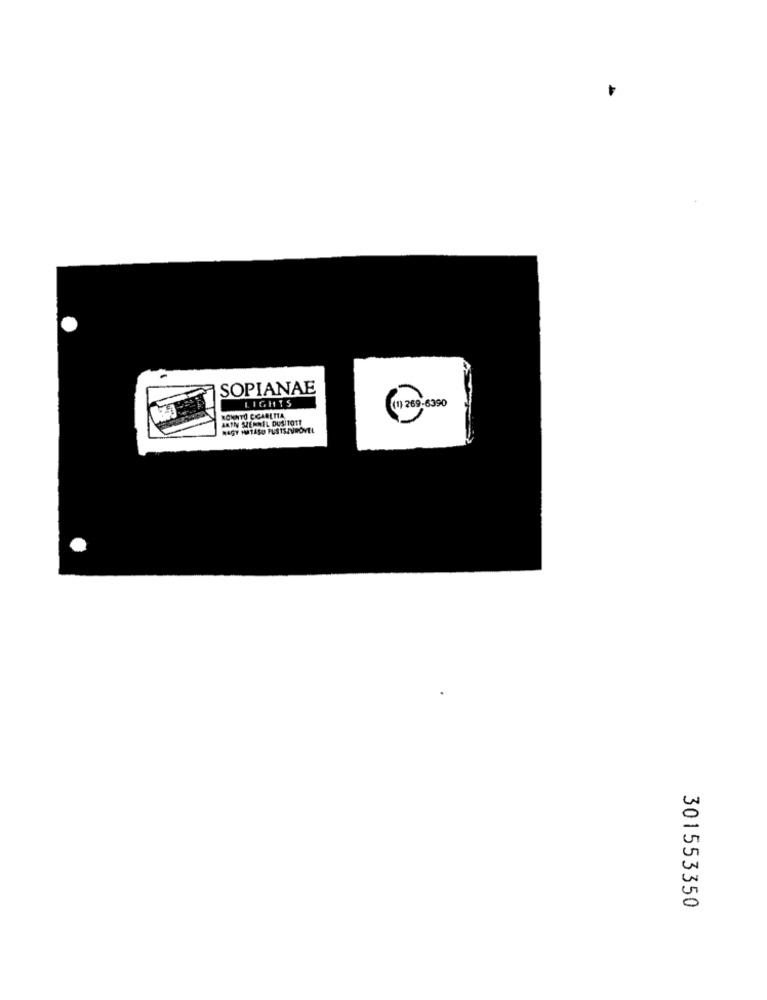
SOPIANAE
LIGHTS
(1) 269-6390
RONNYO CIGARETTA
AMIN SZERREL DUSITOTT
NAGY HA1450 FUSTSZUROVEL
301553350